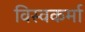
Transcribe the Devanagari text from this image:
विस्वकर्मा